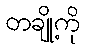
တချို့ကို